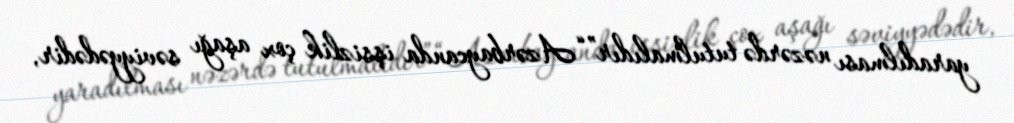
yaradılması nəzərdə tutulmalıdır”“Azərbaycanda işsizlik çox aşağı səviyyədədir,